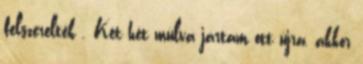
felszerelték . Két hét múlva jártam ott újra, akkor